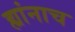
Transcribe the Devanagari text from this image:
ह्यांनाच